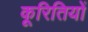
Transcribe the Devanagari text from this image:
कूरितियों